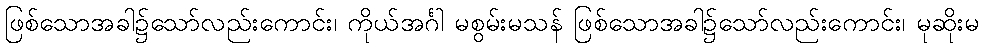
ဖြစ်သောအခါ၌သော်လည်းကောင်း၊ ကိုယ်အင်္ဂါ မစွမ်းမသန် ဖြစ်သောအခါ၌သော်လည်းကောင်း၊ မုဆိုးမ